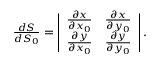
\begin{array} { r } { \frac { d S } { d S _ { 0 } } = \left| \begin{array} { c c } { \frac { \partial x } { \partial x _ { 0 } } } & { \frac { \partial x } { \partial y _ { 0 } } } \\ { \frac { \partial y } { \partial x _ { 0 } } } & { \frac { \partial y } { \partial y _ { 0 } } } \end{array} \right| . } \end{array}